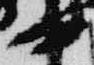
中